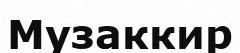
Музаккир